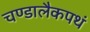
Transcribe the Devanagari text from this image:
चण्डालैकपथं